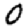
Digit: 0